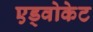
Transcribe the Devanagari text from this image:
एड्वोकेट